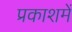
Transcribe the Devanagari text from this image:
प्रकाशमें